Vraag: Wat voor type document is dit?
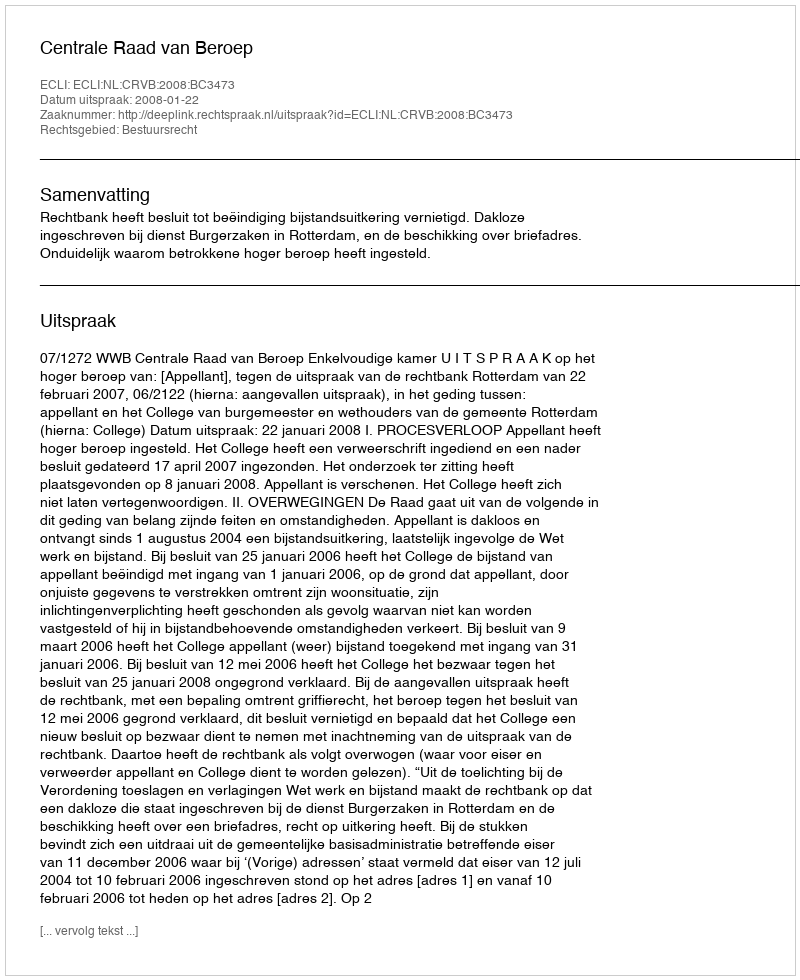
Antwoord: Uitspraak